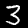
Digit: 3